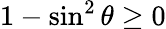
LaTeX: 1-\sin^{2}\theta\geq 0